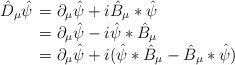
\begin{align*}\hat D_{\mu}\hat\psi \begin{array}[t]{l} =\partial_{\mu}\hat\psi+i\hat B_\mu*\hat\psi \\=\partial_{\mu}\hat\psi-i\hat\psi*\hat B_\mu \\=\partial_{\mu}\hat\psi+i(\hat\psi*\hat B_\mu -\hat B_\mu*\hat\psi )\end{array}\end{align*}